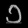
Digit: ၁